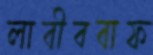
লাবীববাফ